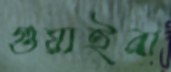
গুয়াইরা